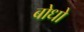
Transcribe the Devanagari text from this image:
बोधो